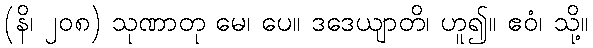
(နိ၊ ၂၀၈) သုဏာတု မေ၊ ပေ။ ဒဒေယျာတိ၊ ဟူ၍။ ဧဝံ၊ သို့။